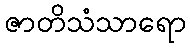
ဇာတိသံသာရော